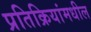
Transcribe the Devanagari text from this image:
प्रतिक्रियांमधील